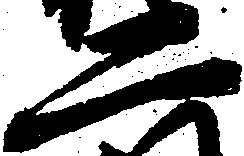
二